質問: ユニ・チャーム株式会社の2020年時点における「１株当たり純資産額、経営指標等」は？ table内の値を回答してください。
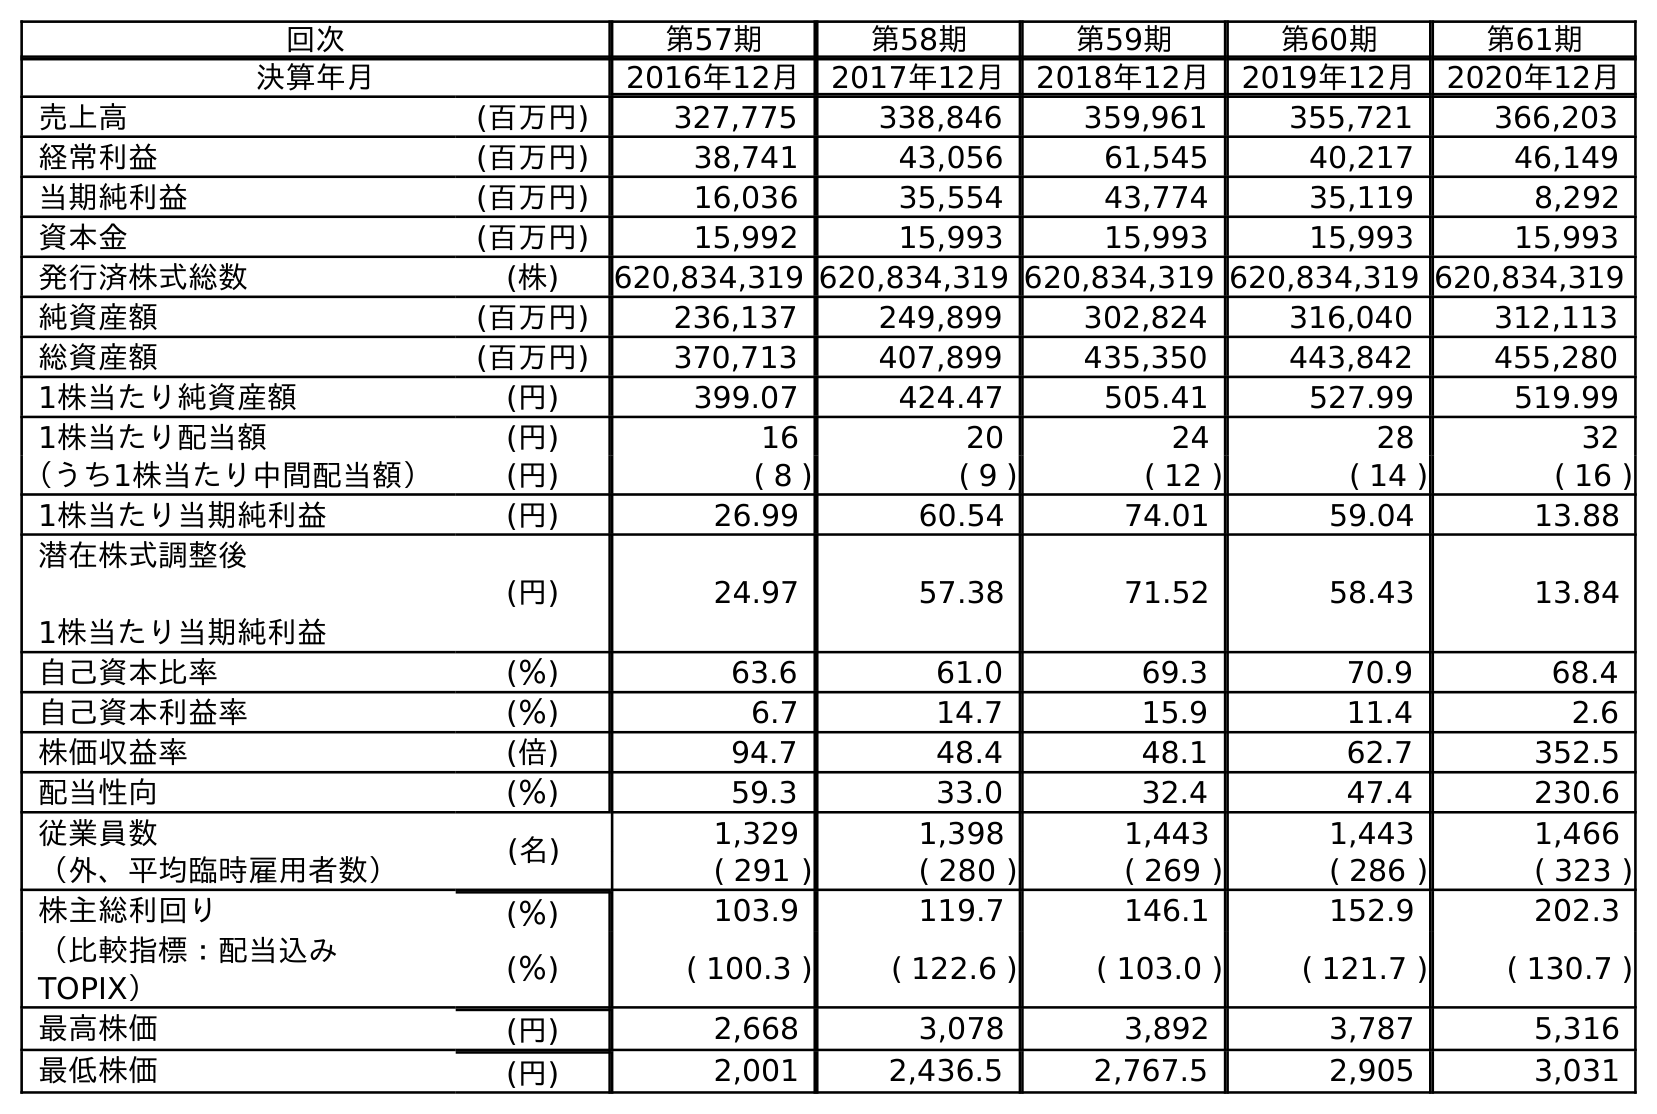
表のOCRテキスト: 回次 第57期 第58期 第59期 第60期 第61期 決算年月 2016年12月 2017年12月 2018年12月 2019年12月 2020年12月 売上高 (百万円) 327,775 338,846 359,961 355,721 366,203 経常利益 (百万円) 38,741 43,056 61,545 40,217 46,149 当期純利益 (百万円) 16,036 35,554 43,774 35,119 8,292 資本金 (百万円) 15,992 15,993 15,993 15,993 15,993 発行済株式総数 (株) 620,834,319 620,834,319 620,834,319 620,834,319 620,834,319 純資産額 (百万円) 236,137 249,899 302,824 316,040 312,113 総資産額 (百万円) 370,713 407,899 435,350 443,842 455,280 1株当たり純資産額 (円) 399.07 424.47 505.41 527.99 519.99 1株当たり配当額 (円) 16 20 24 28 32 （うち1株当たり中間配当額） (円) ( 8 ) ( 9 ) ( 12 ) ( 14 ) ( 16 ) 1株当たり当期純利益 (円) 26.99 60.54 74.01 59.04 13.88 潜在株式調整後 1株当たり当期純利益 (円) 24.97 57.38 71.52 58.43 13.84 自己資本比率 (％) 63.6 61.0 69.3 70.9 68.4 自己資本利益率 (％) 6.7 14.7 15.9 11.4 2.6 株価収益率 (倍) 94.7 48.4 48.1 62.7 352.5 配当性向 (％) 59.3 33.0 32.4 47.4 230.6 従業員数 (名) 1,329 1,398 1,443 1,443 1,466 （外、平均臨時雇用者数） ( 291 ) ( 280 ) ( 269 ) ( 286 ) ( 323 ) 株主総利回り (％) 103.9 119.7 146.1 152.9 202.3 （比較指標：配当込み TOPIX） (％) ( 100.3 ) ( 122.6 ) ( 103.0 ) ( 121.7 ) ( 130.7 ) 最高株価 (円) 2,668 3,078 3,892 3,787 5,316 最低株価 (円) 2,001 2,436.5 2,767.5 2,905 3,031
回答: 519.99